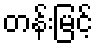
တန်းမြင့်